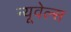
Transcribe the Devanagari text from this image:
न्यूवेल्स